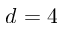
d = 4